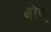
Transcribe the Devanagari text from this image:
बोप्